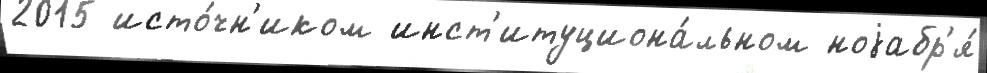
2015 исто́чн'иком инст'итуциона́льном ноjабр'я́